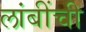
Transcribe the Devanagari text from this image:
लांबींची